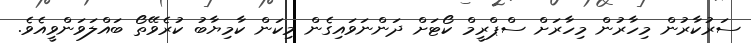
ސަރުކާރުން މިހާރުން މިހާރަށް ސްޕްރީމް ކޯޓަށް ދަންނަވައިގެން މިކަން ކާމިޔާބު ކުރެވޭތޯ ބައްލަވަންވީއެވެ.